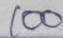
100